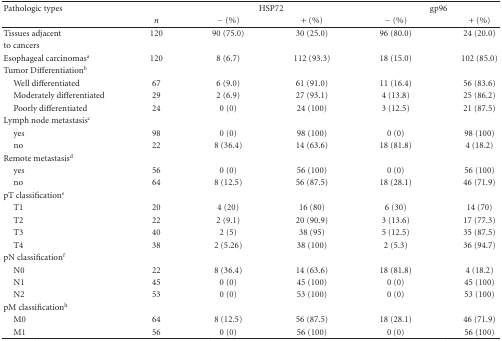
<table><thead><tr><td><b>Pathologic types</b></td><td></td><td colspan="2"><b>HSP72</b></td><td colspan="2"><b>gp96</b></td></tr><tr><td></td><td><b><i>n</i></b></td><td><b> − (%)</b></td><td><b> + (%)</b></td><td><b> − (%)</b></td><td><b>+ (%)</b></td></tr></thead><tbody><tr><td>Tissues adjacent</td><td>120</td><td> 90 (75.0)</td><td>30 (25.0)</td><td>96 (80.0)</td><td>24 (20.0)</td></tr><tr><td>to cancers</td><td></td><td></td><td></td><td></td><td></td></tr><tr><td>Esophageal carcinomas<sup>a</sup></td><td>120</td><td> 8 (6.7)</td><td> 112 (93.3)</td><td> 18 (15.0)</td><td> 102 (85.0)</td></tr><tr><td>Tumor Differentiation<sup>b</sup></td><td></td><td></td><td></td><td></td><td></td></tr><tr><td> Well differentiated</td><td>67</td><td> 6 (9.0)</td><td>61 (91.0)</td><td> 11 (16.4)</td><td>56 (83.6)</td></tr><tr><td> Moderately differentiated</td><td>29</td><td> 2 (6.9)</td><td> 27 (93.1)</td><td> 4 (13.8)</td><td> 25 (86.2)</td></tr><tr><td> Poorly differentiated</td><td>24</td><td> 0 (0)</td><td>24 (100)</td><td> 3 (12.5)</td><td>21 (87.5)</td></tr><tr><td>Lymph node metastasis<sup>c</sup></td><td></td><td></td><td></td><td></td><td></td></tr><tr><td> yes</td><td>98</td><td> 0 (0)</td><td> 98 (100)</td><td> 0 (0)</td><td>98 (100)</td></tr><tr><td> no</td><td>22</td><td> 8 (36.4)</td><td> 14 (63.6)</td><td> 18 (81.8)</td><td>4 (18.2)</td></tr><tr><td>Remote metastasis<sup>d</sup></td><td></td><td></td><td></td><td></td><td></td></tr><tr><td> yes</td><td>56</td><td> 0 (0)</td><td> 56 (100)</td><td> 0 (0)</td><td>56 (100)</td></tr><tr><td> no</td><td>64</td><td> 8 (12.5)</td><td> 56 (87.5)</td><td> 18 (28.1)</td><td>46 (71.9)</td></tr><tr><td>pT classification<sup>e</sup></td><td></td><td></td><td></td><td></td><td></td></tr><tr><td> T1</td><td>20</td><td> 4 (20)</td><td> 16 (80)</td><td> 6 (30)</td><td>14 (70)</td></tr><tr><td> T2</td><td>22</td><td> 2 (9.1)</td><td> 20 (90.9)</td><td> 3 (13.6)</td><td>17 (77.3)</td></tr><tr><td> T3</td><td>40</td><td> 2 (5)</td><td> 38 (95)</td><td> 5 (12.5)</td><td>35 (87.5)</td></tr><tr><td> T4</td><td>38</td><td> 2 (5.26)</td><td> 38 (100)</td><td> 2 (5.3)</td><td>36 (94.7)</td></tr><tr><td>pN classification<sup>f</sup></td><td></td><td></td><td></td><td></td><td></td></tr><tr><td> N0</td><td>22</td><td> 8 (36.4)</td><td> 14 (63.6)</td><td> 18 (81.8)</td><td> 4 (18.2)</td></tr><tr><td> N1</td><td>45</td><td> 0 (0)</td><td> 45 (100)</td><td> 0 (0)</td><td> 45 (100)</td></tr><tr><td> N2</td><td>53</td><td> 0 (0)</td><td> 53 (100)</td><td> 0 (0)</td><td> 53 (100)</td></tr><tr><td>pM classification<sup>h</sup></td><td></td><td></td><td></td><td></td><td></td></tr><tr><td> M0</td><td>64</td><td> 8 (12.5)</td><td> 56 (87.5)</td><td> 18 (28.1)</td><td> 46 (71.9)</td></tr><tr><td> M1</td><td>56</td><td> 0 (0)</td><td> 56 (100)</td><td> 0 (0)</td><td> 56 (100)</td></tr></tbody></table>